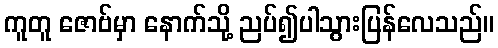
ကူတူ ဇောဗ်မှာ နောက်သို့ ညပ်၍ပါသွားပြန်လေသည်။